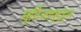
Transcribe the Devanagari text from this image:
मुर्तिजापूरहून